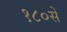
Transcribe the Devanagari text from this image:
१८०सें